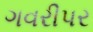
ગવરીપર